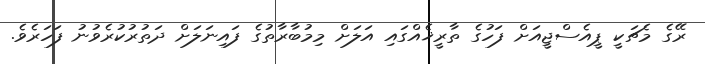
ރޭގެ މެޗަކީ ޕީއެސްޖީއަށް ފަހުގެ ތާރީޚެއްގައި އަލަށް މިމުބާރާތުގެ ފައިނަލަށް ދަތުރުކުރެވުނު ފަހަރެވެ.